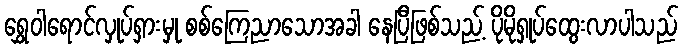
ရွှေဝါရောင်လှုပ်ရှားမှု စစ်ကြေညာသောအခါ နေပြီဖြစ်သည့် ပိုမိုရှုပ်ထွေးလာပါသည်